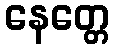
နေတ္တေ